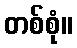
တစ်စုံ။